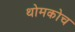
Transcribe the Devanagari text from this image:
थोमकोच